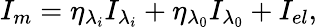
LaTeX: {{I_{m}}}={{\eta}_{{{\lambda}_{i}}}}{{I}_{{{\lambda}_{i}}}}+{{\eta}_{{{\lambda}_{0}}}}{{I}_{{{\lambda}_{0}}}}+I_{el},